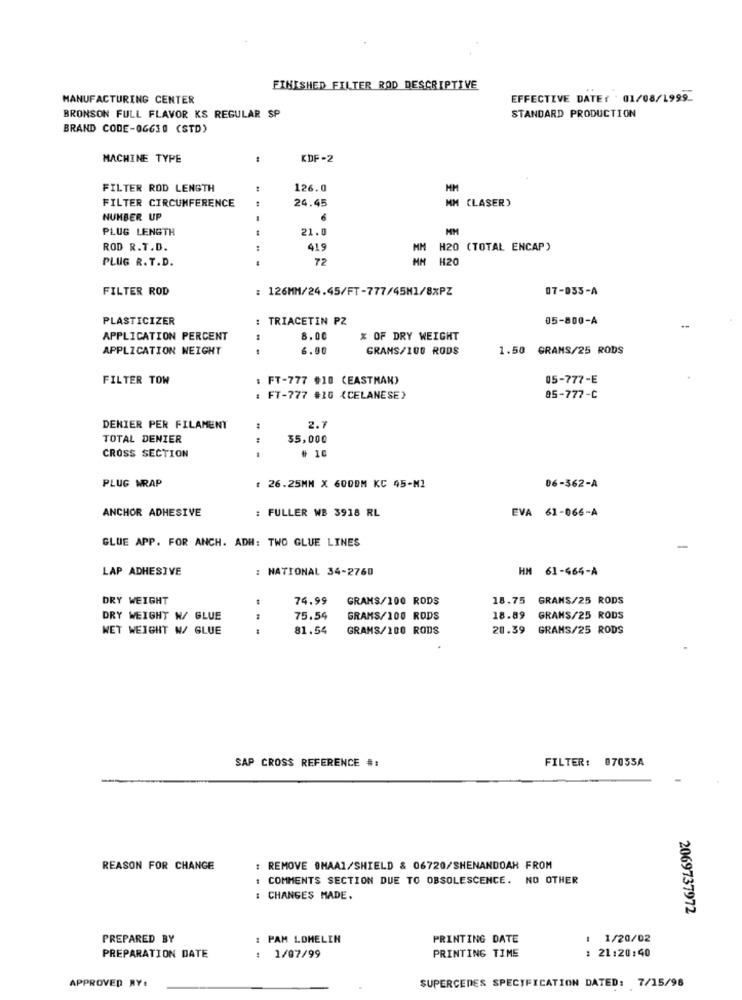
FINISHED FILTER ROD DESCRIPTIVE
MANUFACTURING CENTER
EFFECTIVE DATE: 01/08/1999_
BRONSON FULL FLAVOR KS REGULAR SP
STANDARD PRODUCTION
BRAND CODE-06630 (STD)
MACHINE TYPE
KDF-2
FILTER ROD LENGTH
126.0
MM
FILTER CIRCUMFERENCE
24.45
CLASER)
NUMBER UP
6
PLUG LENGTH
21.0
ROD R.T.D.
419
H20 (TOTAL ENCAP)
PLUG R. T.D.
72
H20
FILTER ROD
: 126MM/24.45/FT-777/45M1/8%PZ
07-055-A
PLASTICIZER
: TRIACETIN PZ
05-800-A
APPLICATION PERCENT
8.00
% OF DRY WEIGHT
APPLICATION WEIGHT
6.90
GRAMS/100 RODS
1.50 GRAMS/25 RODS
FILTER TOW
: FT-777 #10 (EASTMAN)
05-777-E
: FT-777 #10 (CELANESE)
85-777-C
DENIER PER FILAMENT
2.7
TOTAL DENIER
35,000
# 10
CROSS SECTION
PLUG WRAP
: 26.25MM X 600DM KC 45-MI
06-362-A
ANCHOR ADHESIVE
: FULLER WB 3918 RL
EVA 61-066-A
GLUE APP. FOR ANCH. ADH: TWO GLUE LINES
LAP ADHESIVE
: NATIONAL 34-2760
HM 61-464-A
DRY WEIGHT
74.99
GRAMS/100 RODS
18.75 GRAMS/25 RODS
DRY WEIGHT W/ GLUE
75.54
GRAMS/100 RODS
18.89
GRANS/25 RODS
WET WEIGHT W/ GLUE
...
81.54
GRAMS/100 RODS
20.39
GRAMS/25 RODS
SAP CROSS REFERENCE #:
FILTER: 07055A
REASON FOR CHANGE
: REMOVE OMAA1/SHIELD & 06720/SHENANDOAH FROM
: COMMENTS SECTION DUE TO OBSOLESCENCE. NO OTHER
: CHANGES MADE.
2069737972
PREPARED BY
: PAM LOMELIN
PRINTING DATE
1
1/20/02
PREPARATION DATE
: 1/07/99
PRINTING TIME
: 21:20:40
APPROVED BY:
SUPERCEDES SPECIFICATION DATED: 7/15/98